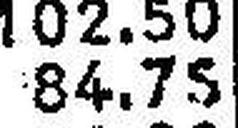
84.75